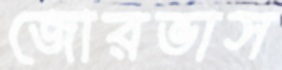
জোরভাস